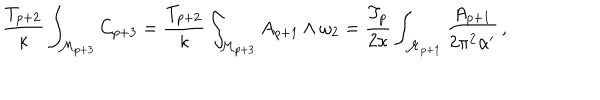
\frac { T _ { p + 2 } } { \kappa } \int _ { \mathcal { M } _ { p + 3 } } C _ { p + 3 } = \frac { T _ { p + 2 } } { \kappa } \int _ { \mathcal { M } _ { p + 3 } } A _ { p + 1 } \wedge \omega _ { 2 } = \frac { T _ { p } } { 2 \kappa } \int _ { \mathcal { M } _ { p + 1 } } \frac { A _ { p + 1 } } { 2 \pi ^ { 2 } \alpha ^ { \prime } } \, ,